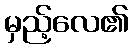
မှည့်လေ၏